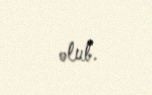
olub.